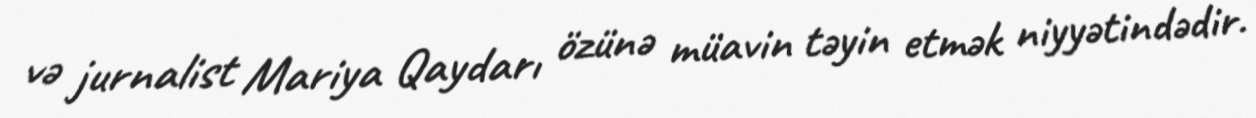
və jurnalist Mariya Qaydarı özünə müavin təyin etmək niyyətindədir.